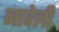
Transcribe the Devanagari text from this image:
नावेली